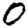
Digit: 0